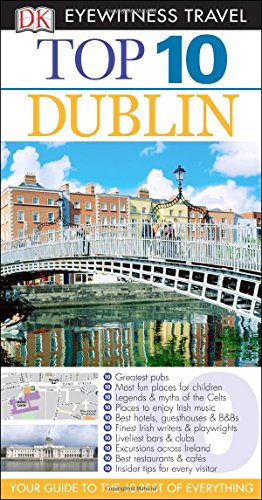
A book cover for Top 10 Dublin (Eyewitness Top 10 Travel Guide); Polly Phillimore; Travel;